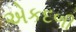
એકદળી